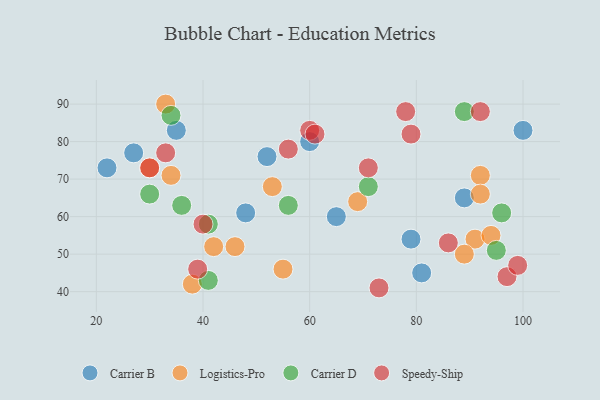
{"axis": {"x": "GDP", "y": "Life Expectancy"}, "legend": ["Carrier B", "Carrier D", "Logistics-Pro", "Speedy-Ship"], "data": [{"x": "100", "y": 83, "type": "Carrier B"}, {"x": "48", "y": 61, "type": "Carrier B"}, {"x": "81", "y": 45, "type": "Carrier B"}, {"x": "79", "y": 54, "type": "Carrier B"}, {"x": "35", "y": 83, "type": "Carrier B"}, {"x": "60", "y": 80, "type": "Carrier B"}, {"x": "22", "y": 73, "type": "Carrier B"}, {"x": "52", "y": 76, "type": "Carrier B"}, {"x": "65", "y": 60, "type": "Carrier B"}, {"x": "27", "y": 77, "type": "Carrier B"}, {"x": "89", "y": 65, "type": "Carrier B"}, {"x": "46", "y": 52, "type": "Logistics-Pro"}, {"x": "30", "y": 73, "type": "Logistics-Pro"}, {"x": "33", "y": 90, "type": "Logistics-Pro"}, {"x": "55", "y": 46, "type": "Logistics-Pro"}, {"x": "53", "y": 68, "type": "Logistics-Pro"}, {"x": "69", "y": 64, "type": "Logistics-Pro"}, {"x": "42", "y": 52, "type": "Logistics-Pro"}, {"x": "91", "y": 54, "type": "Logistics-Pro"}, {"x": "92", "y": 71, "type": "Logistics-Pro"}, {"x": "94", "y": 55, "type": "Logistics-Pro"}, {"x": "34", "y": 71, "type": "Logistics-Pro"}, {"x": "89", "y": 50, "type": "Logistics-Pro"}, {"x": "38", "y": 42, "type": "Logistics-Pro"}, {"x": "92", "y": 66, "type": "Logistics-Pro"}, {"x": "41", "y": 43, "type": "Carrier D"}, {"x": "30", "y": 66, "type": "Carrier D"}, {"x": "41", "y": 58, "type": "Carrier D"}, {"x": "95", "y": 51, "type": "Carrier D"}, {"x": "96", "y": 61, "type": "Carrier D"}, {"x": "89", "y": 88, "type": "Carrier D"}, {"x": "36", "y": 63, "type": "Carrier D"}, {"x": "34", "y": 87, "type": "Carrier D"}, {"x": "56", "y": 63, "type": "Carrier D"}, {"x": "71", "y": 68, "type": "Carrier D"}, {"x": "56", "y": 78, "type": "Speedy-Ship"}, {"x": "97", "y": 44, "type": "Speedy-Ship"}, {"x": "99", "y": 47, "type": "Speedy-Ship"}, {"x": "30", "y": 73, "type": "Speedy-Ship"}, {"x": "33", "y": 77, "type": "Speedy-Ship"}, {"x": "39", "y": 46, "type": "Speedy-Ship"}, {"x": "78", "y": 88, "type": "Speedy-Ship"}, {"x": "60", "y": 83, "type": "Speedy-Ship"}, {"x": "86", "y": 53, "type": "Speedy-Ship"}, {"x": "40", "y": 58, "type": "Speedy-Ship"}, {"x": "79", "y": 82, "type": "Speedy-Ship"}, {"x": "61", "y": 82, "type": "Speedy-Ship"}, {"x": "71", "y": 73, "type": "Speedy-Ship"}, {"x": "73", "y": 41, "type": "Speedy-Ship"}, {"x": "92", "y": 88, "type": "Speedy-Ship"}]}